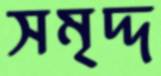
সমৃদ্দ